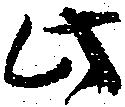
此